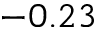
- 0 . 2 3